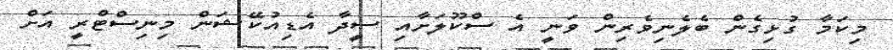
މިކަމާ ގުޅިގެން ބެލެނިވެރިން ވަނީ އެ ސްކޫލަށާއި ސީދާ އެޑިއުކޭޝަން މިނިސްޓްރީ އަށް